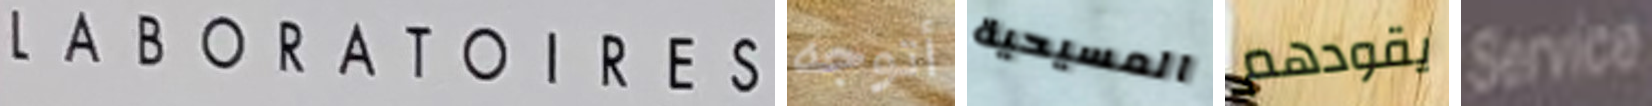
LABORATOIRES أتوجه المسيحية يقودهم Service